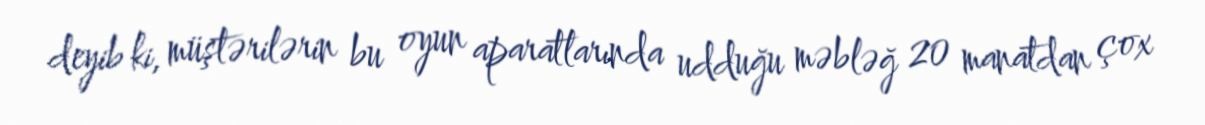
deyib ki, müştərilərin bu oyun aparatlarında udduğu məbləğ 20 manatdan çox